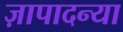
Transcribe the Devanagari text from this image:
ज़ापादन्या